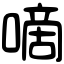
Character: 嘀